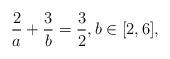
LaTeX: \begin{align*}\frac{2}{a}+\frac{3}{b}=\frac{3}{2}, b \in [2,6],\end{align*}